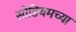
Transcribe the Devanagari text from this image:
सोडियमच्या